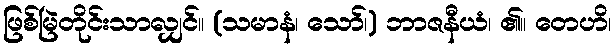
ဖြစ်မြဲတိုင်းသာလျှင်။ (သမာနံ၊ သော်၊) ဘာဇနီယံ၊ ၏။ တေဟိ၊